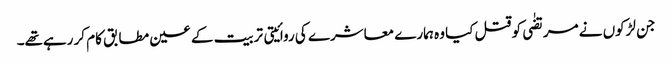
جن لڑکوں نے مرتضٰی کو قتل کیا وہ ہمارے معاشرے کی روائیتی تربیت کے عین مطابق کام کر رہےتھے۔